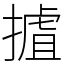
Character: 摣